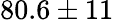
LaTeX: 80.6\pm 11